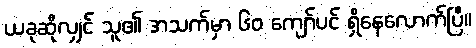
ယခုဆိုလျှင် သူ၏ အသက်မှာ ၆၀ ကျော်ပင် ရှိနေလောက်ပြီ။